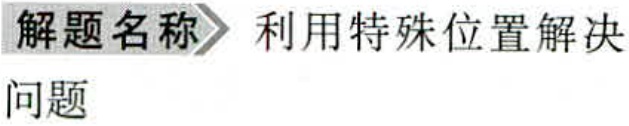
\textbf{解题名称} 利用特殊位置解决问题